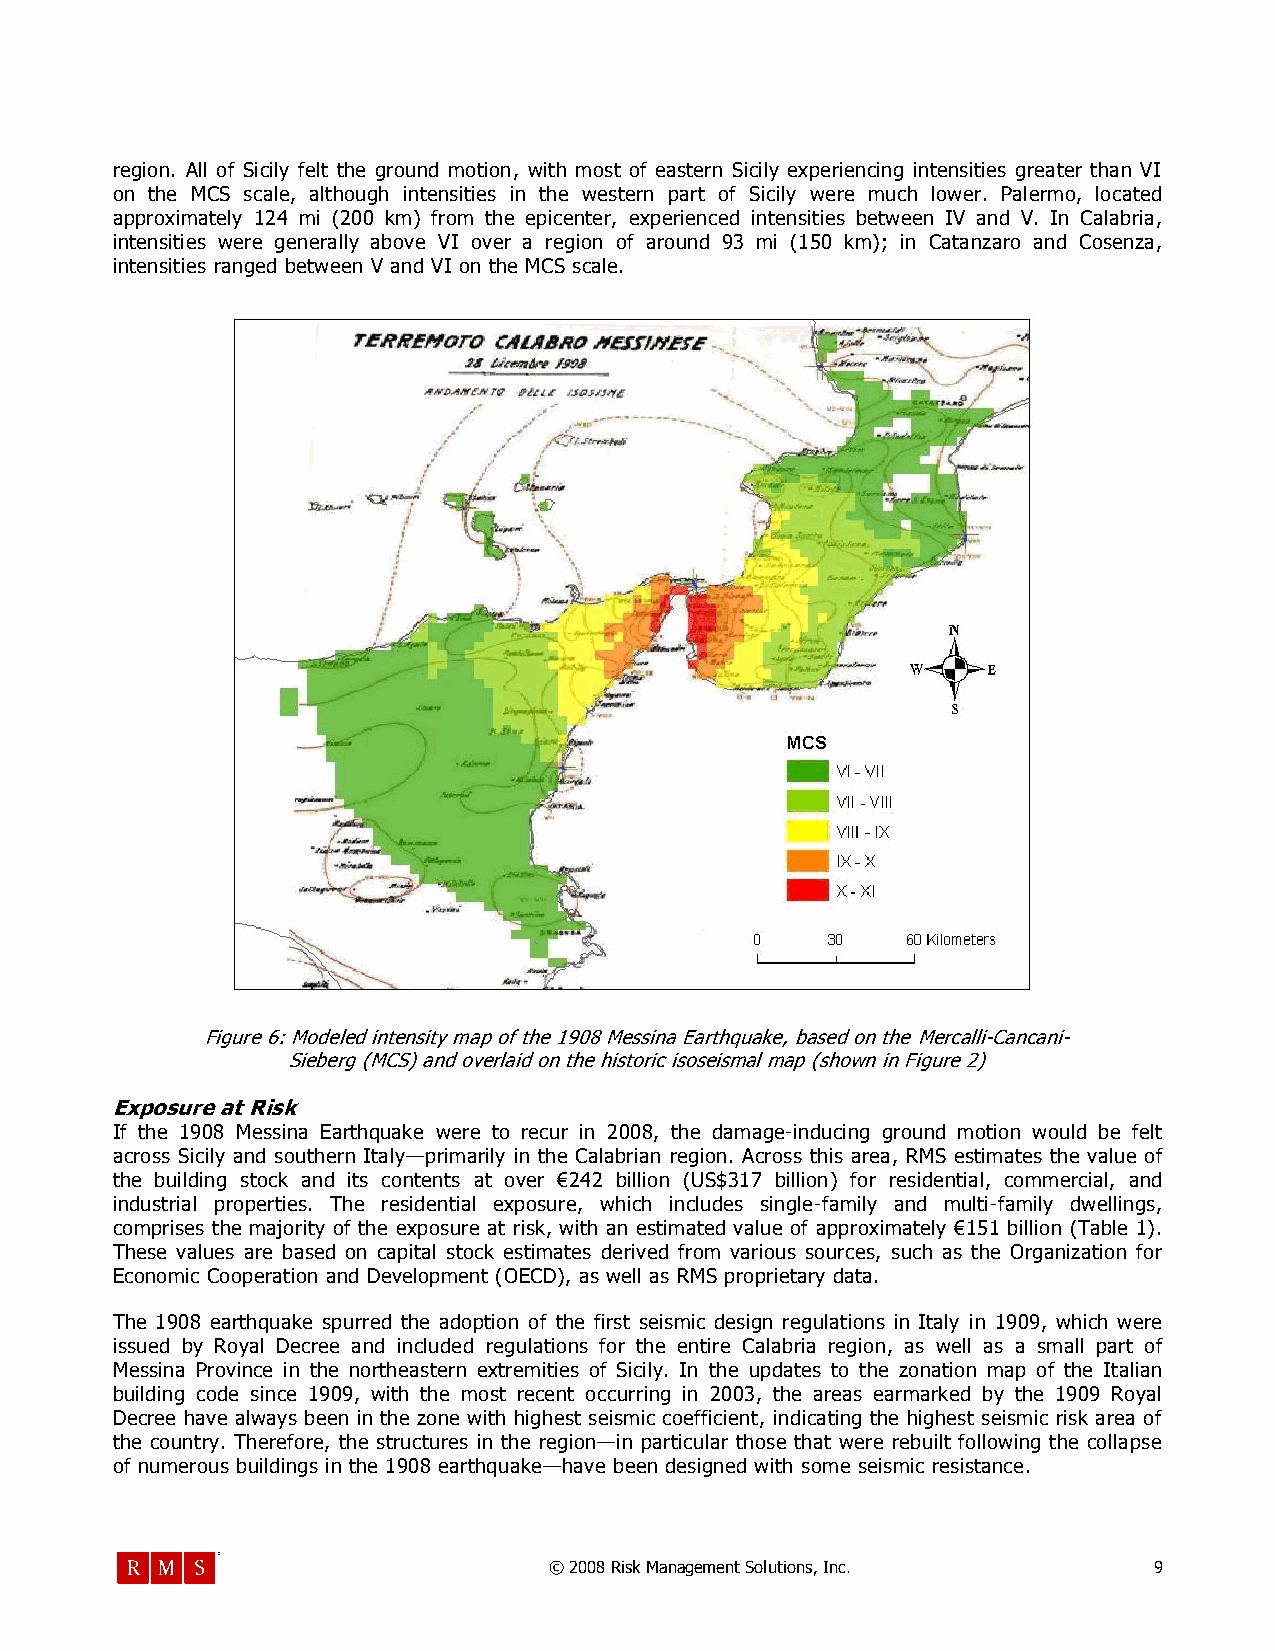
region. All of Sicily felt the ground motion, with most of eastern Sicily experiencing intensities greater than VI
 on the MCS scale, although intensities in the western part of Sicily were much lower. Palermo, located
 approximately 124 mi (200 km) from the epicenter, experienced intensities between IV and V. In Calabria,
 intensities were generally above VI over a region of around 93 mi (150 km); in Catanzaro and Cosenza,
 intensities ranged between V and VI on the MCS scale.
 Figure 6: Modeled intensity map of the 1908 Messina Earthquake, based on the Mercalli-Cancani-
 Sieberg (MCS) and overlaid on the historic isoseismal map (shown in Figure 2)
 Exposure at Risk
 If the 1908 Messina Earthquake were to recur in 2008, the damage-inducing ground motion would be felt
 across Sicily and southern Italy—primarily in the Calabrian region. Across this area, RMS estimates the value of
 the building stock and its contents at over €242 billion (US$317 billion) for residential, commercial, and
 industrial properties. The residential exposure, which includes single-family and multi-family dwellings,
 comprises the majority of the exposure at risk, with an estimated value of approximately €151 billion (Table 1).
 These values are based on capital stock estimates derived from various sources, such as the Organization for
 Economic Cooperation and Development (OECD), as well as RMS proprietary data.
 The 1908 earthquake spurred the adoption of the first seismic design regulations in Italy in 1909, which were
 issued by Royal Decree and included regulations for the entire Calabria region, as well as a small part of
 Messina Province in the northeastern extremities of Sicily. In the updates to the zonation map of the Italian
 building code since 1909, with the most recent occurring in 2003, the areas earmarked by the 1909 Royal
 Decree have always been in the zone with highest seismic coefficient, indicating the highest seismic risk area of
 the country. Therefore, the structures in the region—in particular those that were rebuilt following the collapse
 of numerous buildings in the 1908 earthquake—have been designed with some seismic resistance.
 © 2008 Risk Management Solutions, Inc.  9